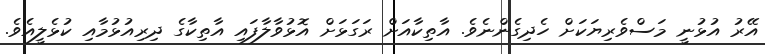
އޭރު އުޅުނީ މަސްވެރިޔަކަށް ހެދިގެންނެވެ. އާތިކާއަށް ރަގަޅަށް އޮޅުވާލާފައި އާތިކާގެ ދިރިއުޅުމާއި ކުޅެލީއެވެ.